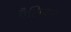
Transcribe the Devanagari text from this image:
पैलियल